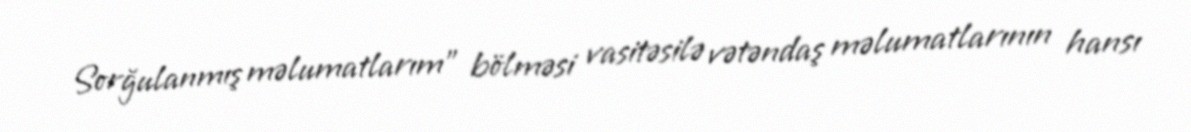
Sorğulanmış məlumatlarım" bölməsi vasitəsilə vətəndaş məlumatlarının hansı